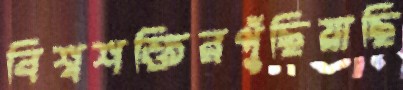
বিশ্বশক্তিরপুঁছিয়াছি